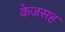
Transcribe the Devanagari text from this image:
केजसह